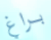
براغ